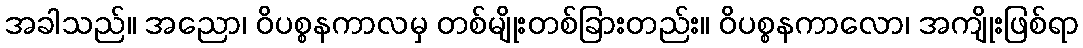
အခါသည်။ အညော၊ ဝိပစ္စနကာလမှ တစ်မျိုးတစ်ခြားတည်း။ ဝိပစ္စနကာလော၊ အကျိုးဖြစ်ရာ